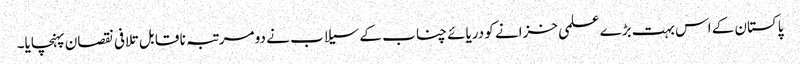
پاکستان کے اس بہت بڑے علمی خزانے کو دریائے چناب کے سیلاب نے دو مرتبہ نا قا بل تلافی نقصان پہنچایا۔